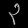
Digit: ၃